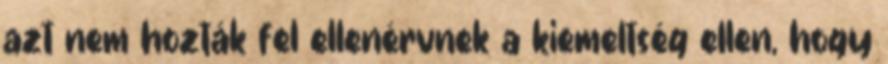
azt nem hozták fel ellenérvnek a kiemeltség ellen, hogy